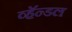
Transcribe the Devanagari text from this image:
व्हॅन्डल